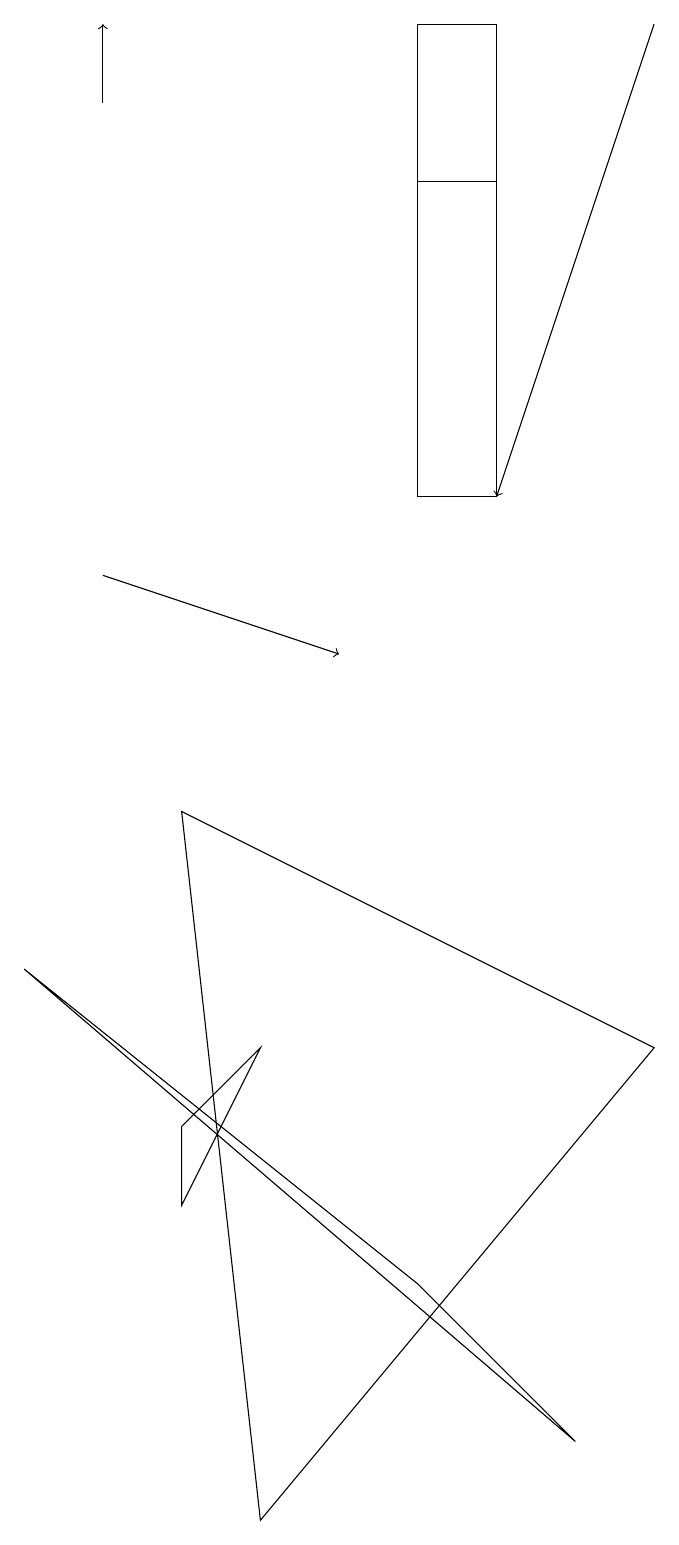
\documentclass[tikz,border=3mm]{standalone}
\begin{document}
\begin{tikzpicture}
\draw[->] (2,12) -- (5,11);
\draw (4,0) -- (9,6) -- (3,9) -- cycle;
\draw (7,19) rectangle (6,17);
\draw[->] (2,18) -- (2,19);
\draw (4,6) -- (3,4) -- (3,5) -- cycle;
\draw (7,13) rectangle (6,19);
\draw (8,1) -- (6,3) -- (1,7) -- cycle;
\draw[->] (9,19) -- (7,13);
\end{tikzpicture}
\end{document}